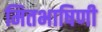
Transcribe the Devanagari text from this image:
मितभाषिणी